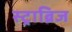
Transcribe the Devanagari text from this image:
स्ट्राब्रिज